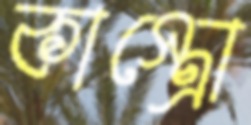
কাস্ত্রো